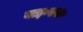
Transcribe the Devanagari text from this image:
वाइ॰एस॰